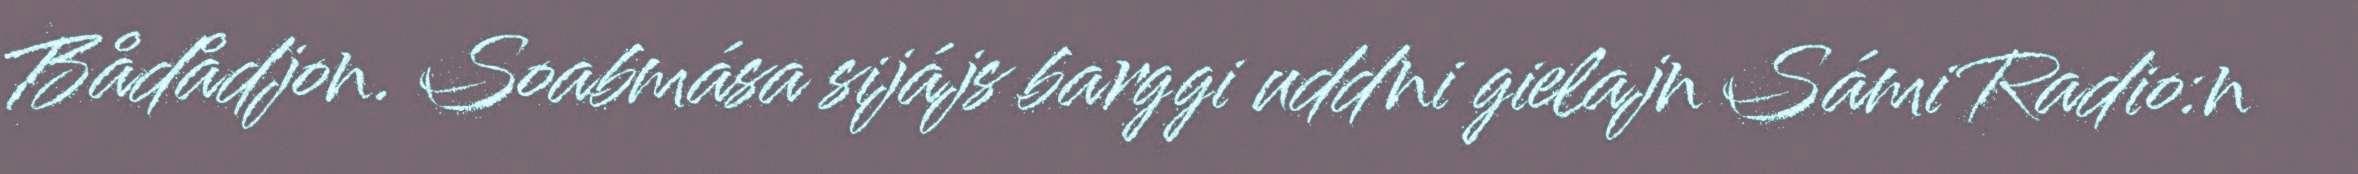
Bådådjon. Soabmása sijájs barggi uddni gielajn Sámi Radio:n